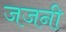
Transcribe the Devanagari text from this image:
जजनी